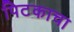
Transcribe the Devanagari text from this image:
पिटकाचा